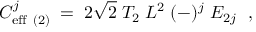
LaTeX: C _ { \mathrm { e f f } \ ( 2 ) } ^ { j } \; = \; 2 \sqrt { 2 } \; T _ { { \O } 2 } \; L ^ { 2 } \; ( - ) ^ { j } \; E _ { 2 j } \; \ ,